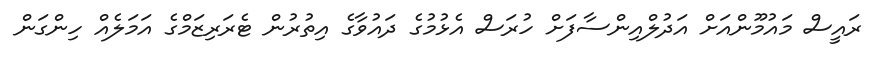
ރައީސް މައުމޫންއަށް އަދުލްއިންސާފަށް ހުރަސް އެޅުމުގެ ދައުވާގެ އިތުރުން ޓެރަރިޒަމްގެ އަމަލެއް ހިންގަން